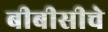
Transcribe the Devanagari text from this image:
बीबीसीचे